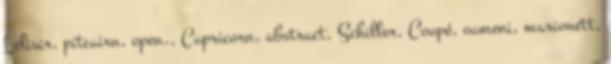
Lelisir, pitcairn, open,, Capricorn, abstract, Schiller, Coupé, oameni, marionett,